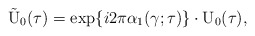
\begin{align*}\tilde{\rm U}_0(\tau) = \exp\{i 2\pi {\alpha}_{1}(\gamma ; \tau)\}\cdot {\rm U}_{0}(\tau),\end{align*}